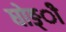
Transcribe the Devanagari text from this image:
घोङ्ी